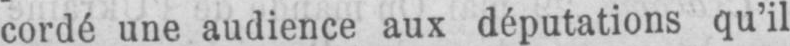
cordé une audience aux députations qu’il